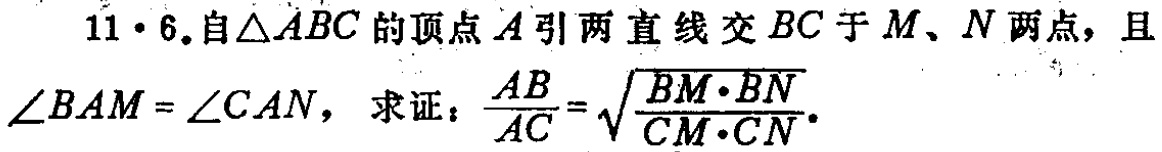
11·6.自\(\triangle ABC\)的顶点\(A\)引两直线交\(BC\)于\(M\)、\(N\)两点，且\(\angle BAM = \angle CAN\)，求证：\(\frac{AB}{AC}=\sqrt{\frac{BM\cdot BN}{CM\cdot CN}}\)。